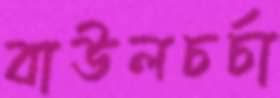
বাউলচর্চা